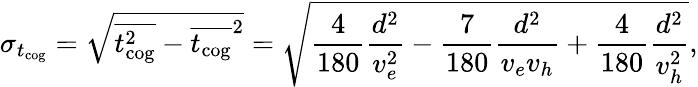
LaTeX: \sigma_{{t_{\mathrm{cog}}}}=\sqrt{\overline{{t_{\mathrm{cog}}^{2}}}-\overline{{t_{\mathrm{cog}}}}^{2}}=\sqrt{\frac{4}{180}\frac{d^{2}}{v_{e}^{2}}-\frac{7}{180}\frac{d^{2}}{v_{e}v_{h}}+\frac{4}{180}\frac{d^{2}}{v_{h}^{2}}},